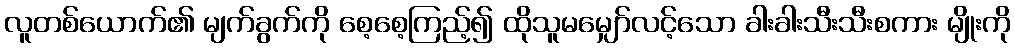
လူတစ်ယောက်၏ မျက်ခွက်ကို စေ့စေ့ကြည့်၍ ထိုသူမမျှော်လင့်သော ခါးခါးသီးသီးစကား မျိုးကို